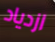
ازدياد